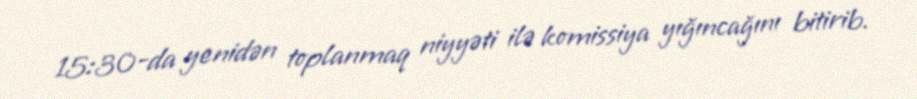
15:30-da yenidən toplanmaq niyyəti ilə komissiya yığıncağını bitirib.